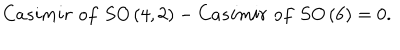
C a s i m i r \, \, o f \, \, S O \left( 4 , 2 \right) - C a s i m i r \, \, o f \, \, S O \left( 6 \right) = 0 .